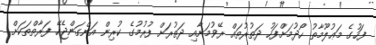
ފަހުގެ މަޢުލޫމާތު ހޯދުމަށްފަހު ދަތުރުތައް ރޭވުމަށާއި ދަތުރަށް ފުރުމުގެ ކުރިން އަންގަންޖެހޭ ފަރާތްތަކަށް